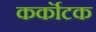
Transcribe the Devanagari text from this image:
कर्कॊटक